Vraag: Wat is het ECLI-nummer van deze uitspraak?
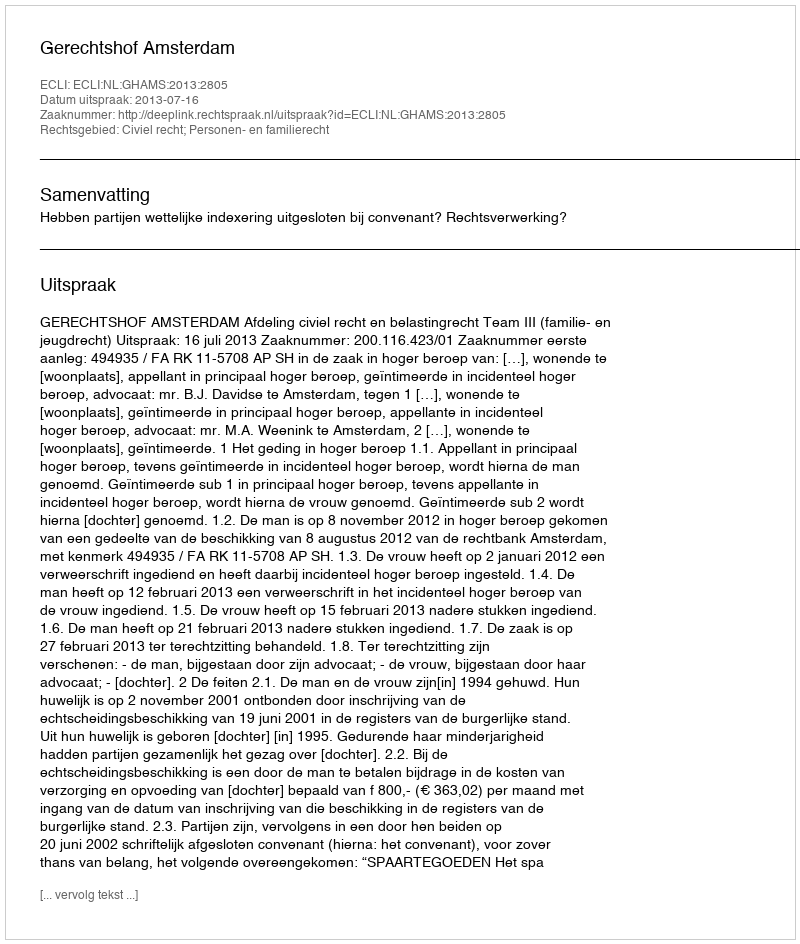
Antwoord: ECLI:NL:GHAMS:2013:2805